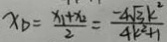
x _ { D } = \frac { x _ { 1 } + x _ { 2 } } { 2 } = \frac { - 4 \sqrt { 3 } k ^ { 2 } } { 4 k ^ { 2 } + 1 }